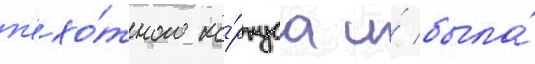
п'ехо́тного ко́рпуса и́ была́